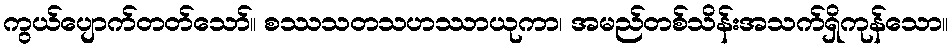
ကွယ်ပျောက်တတ်သော်။ စဿသတသဟဿာယုကာ၊ အမည်တစ်သိန်းအသက်ရှိကုန်သော။